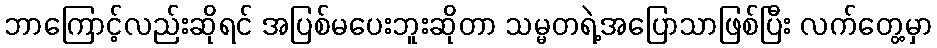
ဘာကြောင့်လည်းဆိုရင် အပြစ်မပေးဘူးဆိုတာ သမ္မတရဲ့အပြောသာဖြစ်ပြီး လက်တွေ့မှာ